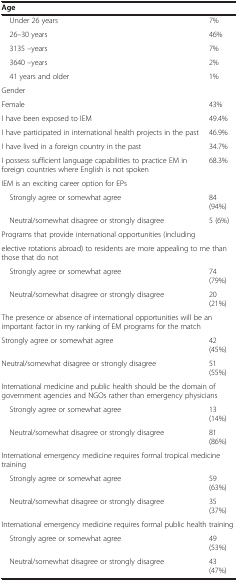
<table><thead><tr><td colspan="2"><b>Age</b></td></tr></thead><tbody><tr><td> Under 26 years</td><td>7%</td></tr><tr><td> 26–30 years</td><td>46%</td></tr><tr><td> 3135 –years</td><td>7%</td></tr><tr><td> 3640 –years</td><td>2%</td></tr><tr><td> 41 years and older</td><td>1%</td></tr><tr><td colspan="2">Gender</td></tr><tr><td>Female</td><td>43%</td></tr><tr><td>I have been exposed to IEM</td><td>49.4%</td></tr><tr><td>I have participated in international health projects in the past</td><td>46.9%</td></tr><tr><td>I have lived in a foreign country in the past</td><td>34.7%</td></tr><tr><td>I possess sufficient language capabilities to practice EM in foreign countries where English is not spoken</td><td>68.3%</td></tr><tr><td colspan="2">IEM is an exciting career option for EPs</td></tr><tr><td> Strongly agree or somewhat agree</td><td>84 (94%)</td></tr><tr><td> Neutral/somewhat disagree or strongly disagree</td><td>5 (6%)</td></tr><tr><td colspan="2">Programs that provide international opportunities (including</td></tr><tr><td colspan="2">elective rotations abroad) to residents are more appealing to me than those that do not</td></tr><tr><td> Strongly agree or somewhat agree</td><td>74 (79%)</td></tr><tr><td> Neutral/somewhat disagree or strongly disagree</td><td>20 (21%)</td></tr><tr><td colspan="2">The presence or absence of international opportunities will be an important factor in my ranking of EM programs for the match</td></tr><tr><td>Strongly agree or somewhat agree</td><td>42 (45%)</td></tr><tr><td>Neutral/somewhat disagree or strongly disagree</td><td>51 (55%)</td></tr><tr><td colspan="2">International medicine and public health should be the domain of government agencies and NGOs rather than emergency physicians</td></tr><tr><td> Strongly agree or somewhat agree</td><td>13 (14%)</td></tr><tr><td> Neutral/somewhat disagree or strongly disagree</td><td>81 (86%)</td></tr><tr><td colspan="2">International emergency medicine requires formal tropical medicine training</td></tr><tr><td> Strongly agree or somewhat agree</td><td>59 (63%)</td></tr><tr><td> Neutral/somewhat disagree or strongly disagree</td><td>35 (37%)</td></tr><tr><td colspan="2">International emergency medicine requires formal public health training</td></tr><tr><td> Strongly agree or somewhat agree</td><td>49 (53%)</td></tr><tr><td> Neutral/somewhat disagree or strongly disagree</td><td>43 (47%)</td></tr></tbody></table>